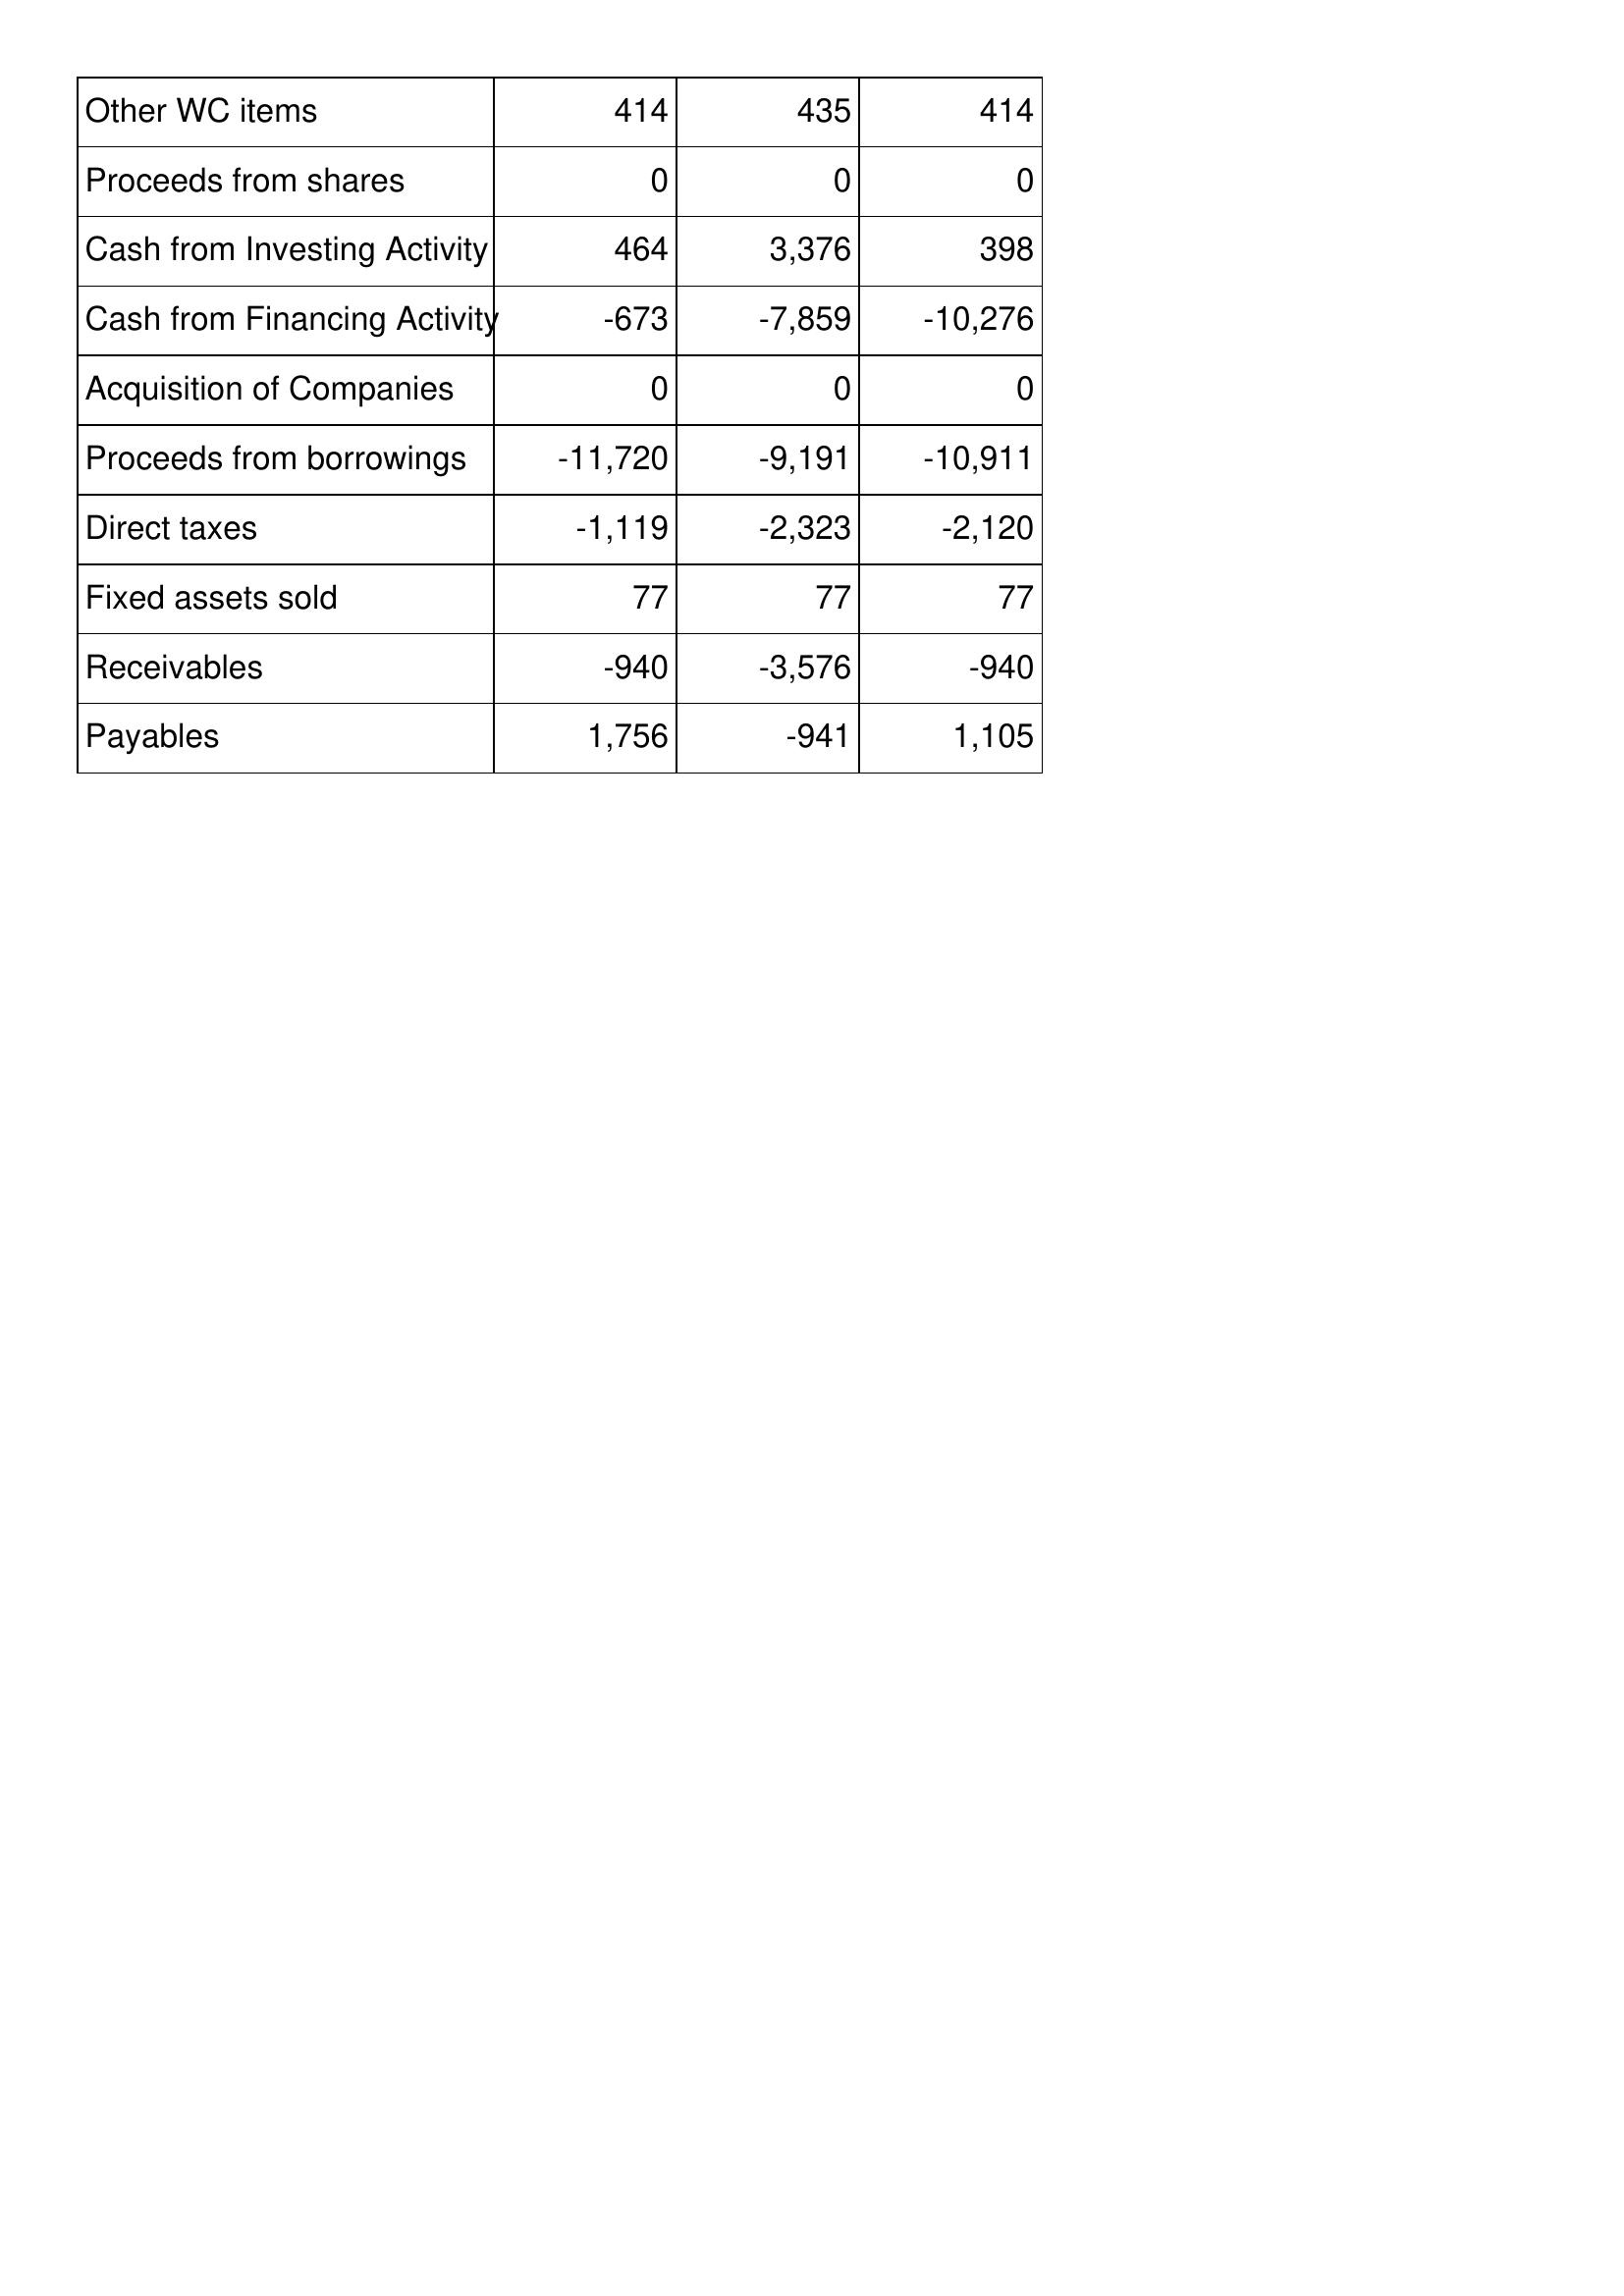
Apr-11: Cash Flows: Other WC items: 414
Proceeds from shares: 0
Cash from Investing Activity: 464
Cash from Financing Activity: -673
Acquisition of Companies: 0
Proceeds from borrowings: -11,720
Direct taxes: -1,119
Fixed assets sold: 77
Receivables: -940
Payables: 1,756
Apr-10: Cash Flows: Other WC items: 435
Proceeds from shares: 0
Cash from Investing Activity: 3,376
Cash from Financing Activity: -7,859
Acquisition of Companies: 0
Proceeds from borrowings: -9,191
Direct taxes: -2,323
Fixed assets sold: 77
Receivables: -3,576
Payables: -941
Apr-09: Cash Flows: Other WC items: 414
Proceeds from shares: 0
Cash from Investing Activity: 398
Cash from Financing Activity: -10,276
Acquisition of Companies: 0
Proceeds from borrowings: -10,911
Direct taxes: -2,120
Fixed assets sold: 77
Receivables: -940
Payables: 1,105